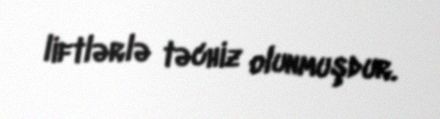
liftlərlə təchiz olunmuşdur.